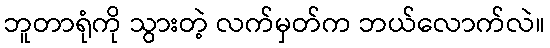
ဘူတာရုံကို သွားတဲ့ လက်မှတ်က ဘယ်လောက်လဲ။